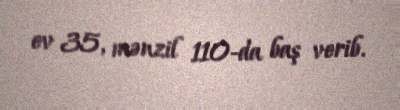
ev 35, mənzil 110-da baş verib.